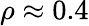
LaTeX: \rho\approx 0.4